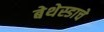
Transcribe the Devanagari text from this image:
बेथेस्डाचे